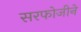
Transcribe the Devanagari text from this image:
सरफोजीने